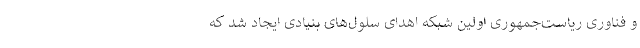
و فناوری ریاست‌جمهوری اولین شبكه اهدای سلول‌های بنیادی ایجاد شد كه